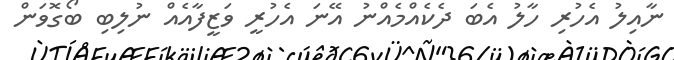
ނާއިލު އެހުރި ހާލު އެބަ ދެކެއްމެއްނު އޭނަ އެހުރީ ވަޒީފާއެއް ނުލިބި ބޯގޮވަން